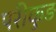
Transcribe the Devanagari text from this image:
परीकुड़